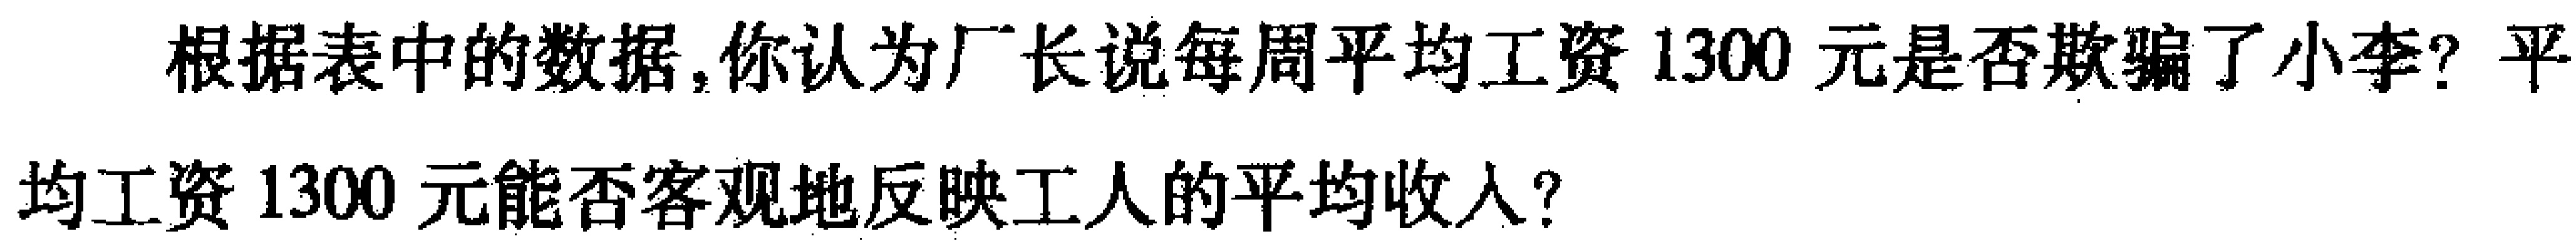
根据表中的数据,你认为厂长说每周平均工资1300元是否欺骗了小李? 平均工资1300元能否客观地反映工人的平均收入?